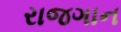
રાજગાન